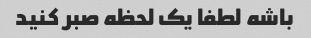
باشه لطفا یک لحظه صبر کنید